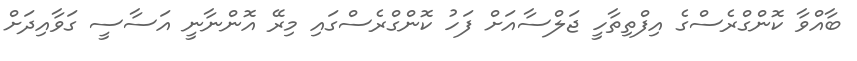
ބާއްވާ ކޮންގްރެސްގެ އިފްތިތާހީ ޖަލްސާއަށް ފަހު ކޮންގްރެސްގައި މިރޭ އޮންނާނީ އަސާސީ ގަވާއިދަށް